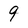
Character: 9